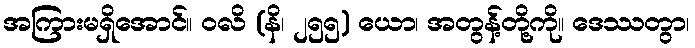
အကြားမရှိအောင်။ ဝလိ (နိ၊ ၂၅၅) ယော၊ အတွန့်တို့ကို။ ဒေဿတွာ၊